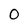
Character: 0